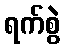
ရက်စွဲ